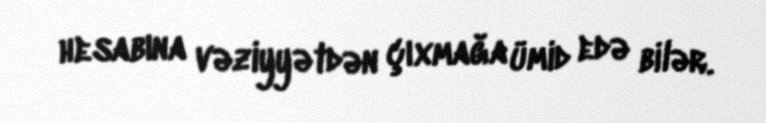
hesabına vəziyyətdən çıxmağa ümid edə bilər.